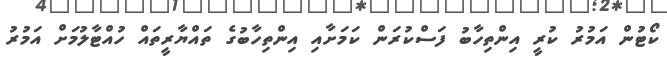
ކޯޓުން އަމުރު ކުރީ އިންތިހާބު ފަސްކުރަން ކަމަށާއި އިންތިހާބުގެ ތައްޔާރީތައް ހުއްޓާލުމަށް އަމުރު